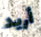
أريد